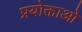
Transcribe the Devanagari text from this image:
प्रयोक्ताओ